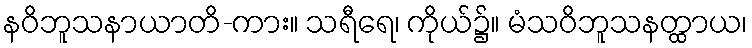
နဝိဘူသနာယာတိ-ကား။ သရီရေ၊ ကိုယ်၌။ မံသဝိဘူသနတ္ထာယ၊